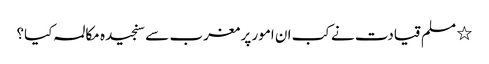
٭ مسلم قیادت نے کب ان امور پر مغرب سے سنجیدہ مکالمہ کیا؟